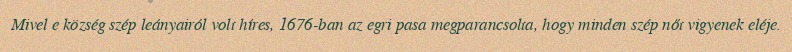
Mivel e község szép leányairól volt híres, 1676-ban az egri pasa megparancsolta, hogy minden szép nőt vigyenek eléje.